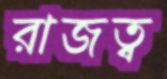
রাজত্ব